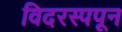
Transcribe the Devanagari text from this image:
विदरस्पपून